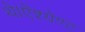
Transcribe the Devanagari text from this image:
थे।ऐंश्येण्ट